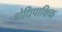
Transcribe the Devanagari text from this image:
बोधिपाक्षिक